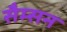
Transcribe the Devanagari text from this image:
सैम्सन